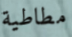
مطاطية